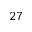
2 7